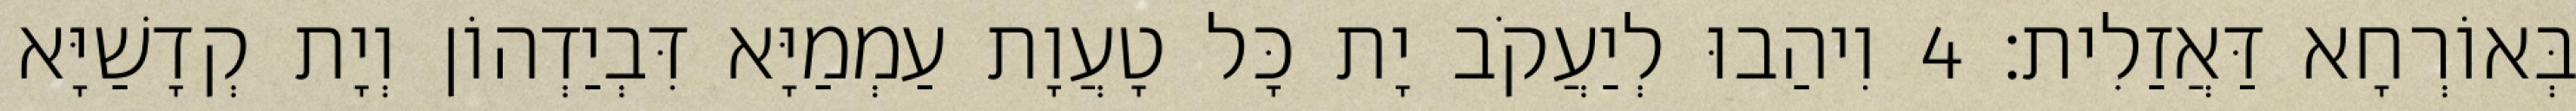
בְּאוֹרְחָא דַּאֲזַלִית׃ 4 וִיהַבוּ לְיַעֲקֹב יָת כָּל טָעֲוָת עַמְמַיָּא דִּבְיַדְהוֹן וְיָת קְדָשַׁיָּא